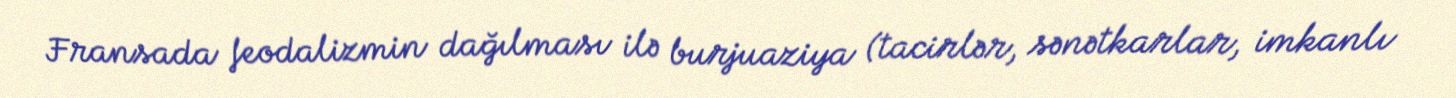
Fransada feodalizmin dağılması ilə burjuaziya (tacirlər, sənətkarlar, imkanlı